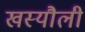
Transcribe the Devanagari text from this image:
खस्यौली